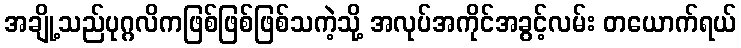
အချို့သည်ပုဂ္ဂလိကဖြစ်ဖြစ်ဖြစ်သကဲ့သို့ အလုပ်အကိုင်အခွင့်လမ်း တယောက်ရယ်